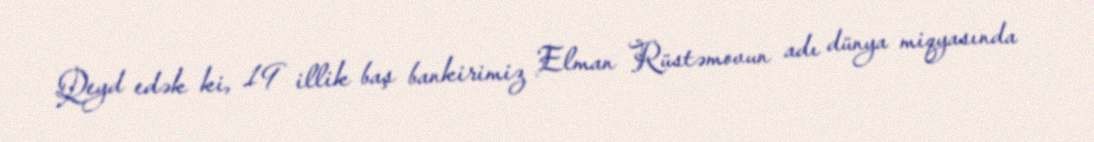
Qeyd edək ki, 19 illik baş bankirimiz Elman Rüstəmovun adı dünya miqyasında